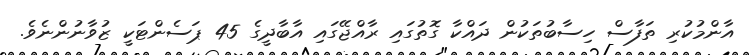
އާންމުކުރި ތަފާސް ހިސާބުތަކުން ދައްކާ ގޮތުގައި ރާއްޖޭގައި އާބާދީގެ 45 ޕަސެންޓަކީ ޒުވާނުންނެވެ.